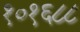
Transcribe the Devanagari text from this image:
१०१६८८